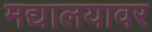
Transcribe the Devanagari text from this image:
मद्यालयावर